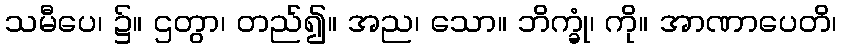
သမီပေ၊ ၌။ ဌတွာ၊ တည်၍။ အည၊ သော။ ဘိက္ခုံ၊ ကို။ အာဏာပေတိ၊